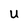
Character: U